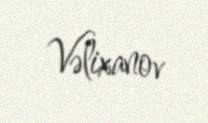
Vəlixanov